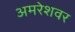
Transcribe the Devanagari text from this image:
अमरेशवर